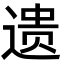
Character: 遗